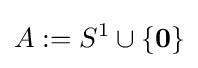
A:=S^{1}\cup \{\mathbf {0} \}